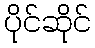
ပိုင်ဆိုင်